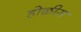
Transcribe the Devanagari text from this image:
होळीस